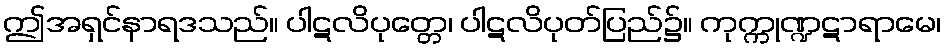
ဤအရှင်နာရဒသည်။ ပါဋလိပုတ္တေ၊ ပါဋလိပုတ်ပြည်၌။ ကုက္ကုဏ္ဍဋာရာမေ၊